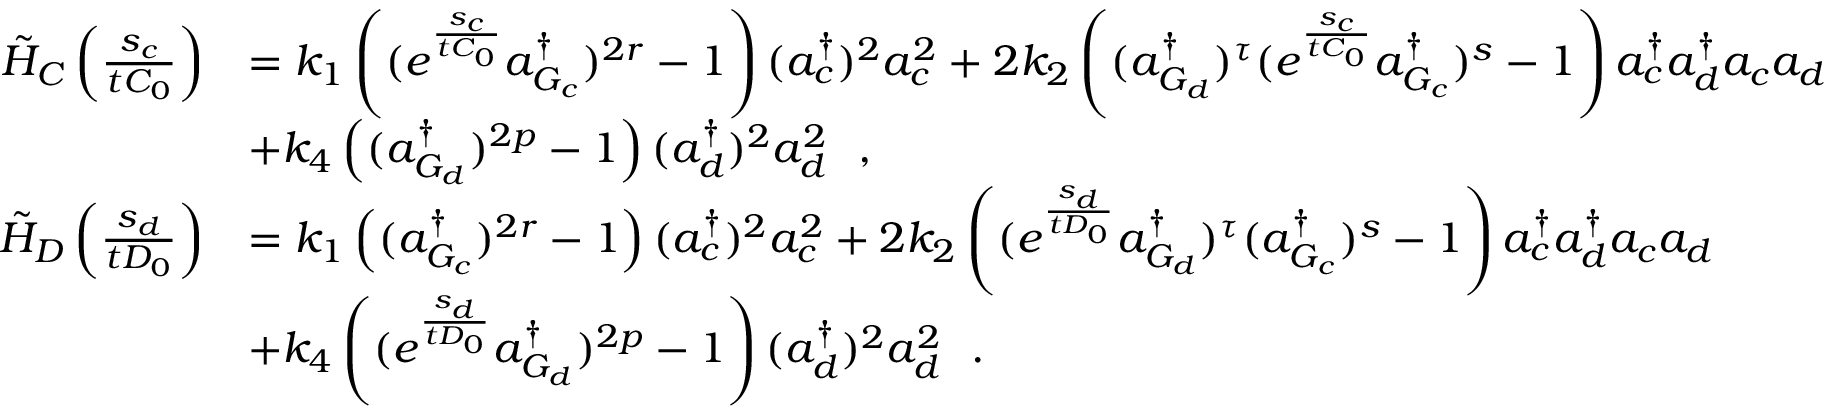
\begin{array} { r l } { \tilde { H } _ { C } \left( \frac { s _ { c } } { t C _ { 0 } } \right) } & { = k _ { 1 } \left( ( e ^ { \frac { s _ { c } } { t C _ { 0 } } } a _ { G _ { c } } ^ { \dagger } ) ^ { 2 r } - 1 \right) ( a _ { c } ^ { \dagger } ) ^ { 2 } a _ { c } ^ { 2 } + 2 k _ { 2 } \left( ( a _ { G _ { d } } ^ { \dagger } ) ^ { \tau } ( e ^ { \frac { s _ { c } } { t C _ { 0 } } } a _ { G _ { c } } ^ { \dagger } ) ^ { s } - 1 \right) a _ { c } ^ { \dagger } a _ { d } ^ { \dagger } a _ { c } a _ { d } } \\ & { + k _ { 4 } \left( ( a _ { G _ { d } } ^ { \dagger } ) ^ { 2 p } - 1 \right) ( a _ { d } ^ { \dagger } ) ^ { 2 } a _ { d } ^ { 2 } ~ ~ , } \\ { \tilde { H } _ { D } \left( \frac { s _ { d } } { t D _ { 0 } } \right) } & { = k _ { 1 } \left( ( a _ { G _ { c } } ^ { \dagger } ) ^ { 2 r } - 1 \right) ( a _ { c } ^ { \dagger } ) ^ { 2 } a _ { c } ^ { 2 } + 2 k _ { 2 } \left( ( e ^ { \frac { s _ { d } } { t D _ { 0 } } } a _ { G _ { d } } ^ { \dagger } ) ^ { \tau } ( a _ { G _ { c } } ^ { \dagger } ) ^ { s } - 1 \right) a _ { c } ^ { \dagger } a _ { d } ^ { \dagger } a _ { c } a _ { d } } \\ & { + k _ { 4 } \left( ( e ^ { \frac { s _ { d } } { t D _ { 0 } } } a _ { G _ { d } } ^ { \dagger } ) ^ { 2 p } - 1 \right) ( a _ { d } ^ { \dagger } ) ^ { 2 } a _ { d } ^ { 2 } ~ ~ . } \end{array}